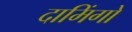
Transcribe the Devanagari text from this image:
दामिंगो